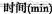
时间（min）